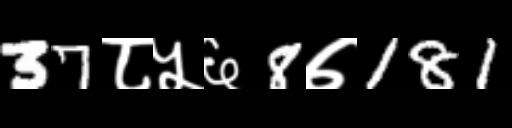
Text: 37८५६8७181